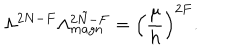
\Lambda ^ { 2 N - F } \Lambda _ { m a g n } ^ { 2 \tilde { N } - F } = \left( \frac { \mu } { h } \right) ^ { 2 F } .